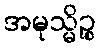
အမုသ္မိဉ္စ